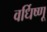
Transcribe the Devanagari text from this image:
वर्धिष्णू